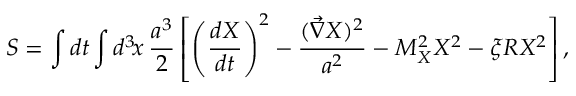
S = \int d t \int d ^ { 3 } \! x \, \frac { a ^ { 3 } } { 2 } \left[ \left( \frac { d X } { d t } \right) ^ { 2 } - \frac { ( { \vec { \nabla } } X ) ^ { 2 } } { a ^ { 2 } } - M _ { X } ^ { 2 } X ^ { 2 } - \xi R X ^ { 2 } \right] ,